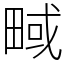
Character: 㽣